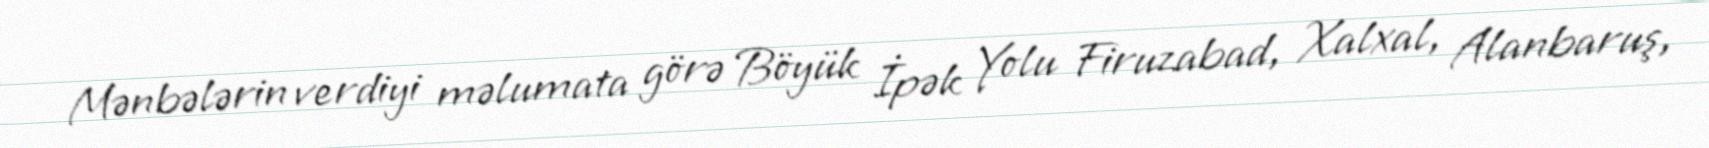
Mənbələrin verdiyi məlumata görə Böyük İpək Yolu Firuzabad, Xalxal, Alanbaruş,